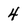
Character: 4